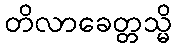
တိလာခေတ္တသ္မိ